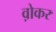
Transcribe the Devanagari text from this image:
व़ोकर